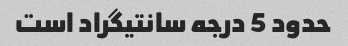
حدود 5 درجه سانتیگراد است